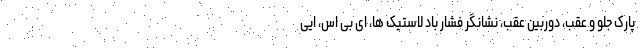
پارک جلو و عقب، دوربین عقب، نشانگر فشار باد لاستیک ها، ای بی اس، ایی